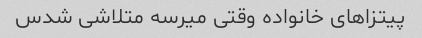
پیتزاهای خانواده وقتی میرسه متلاشی شدس